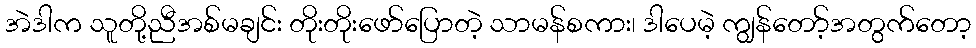
အဲဒါက သူတို့ညီအစ်မချင်း တိုးတိုးဖော်ပြောတဲ့ သာမန်စကား၊ ဒါပေမဲ့ ကျွန်တော့်အတွက်တော့